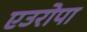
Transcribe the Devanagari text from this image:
एउरोपा